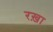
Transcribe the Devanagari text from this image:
रख़ा